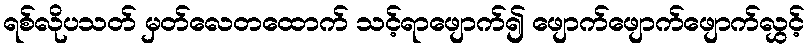
ရစ်လိုပသတ် မှတ်လေတထောက် သင့်ရာဖျောက်၍ ဖျောက်ဖျောက်ဖျောက်လွှင့်